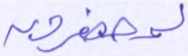
لمحضرون